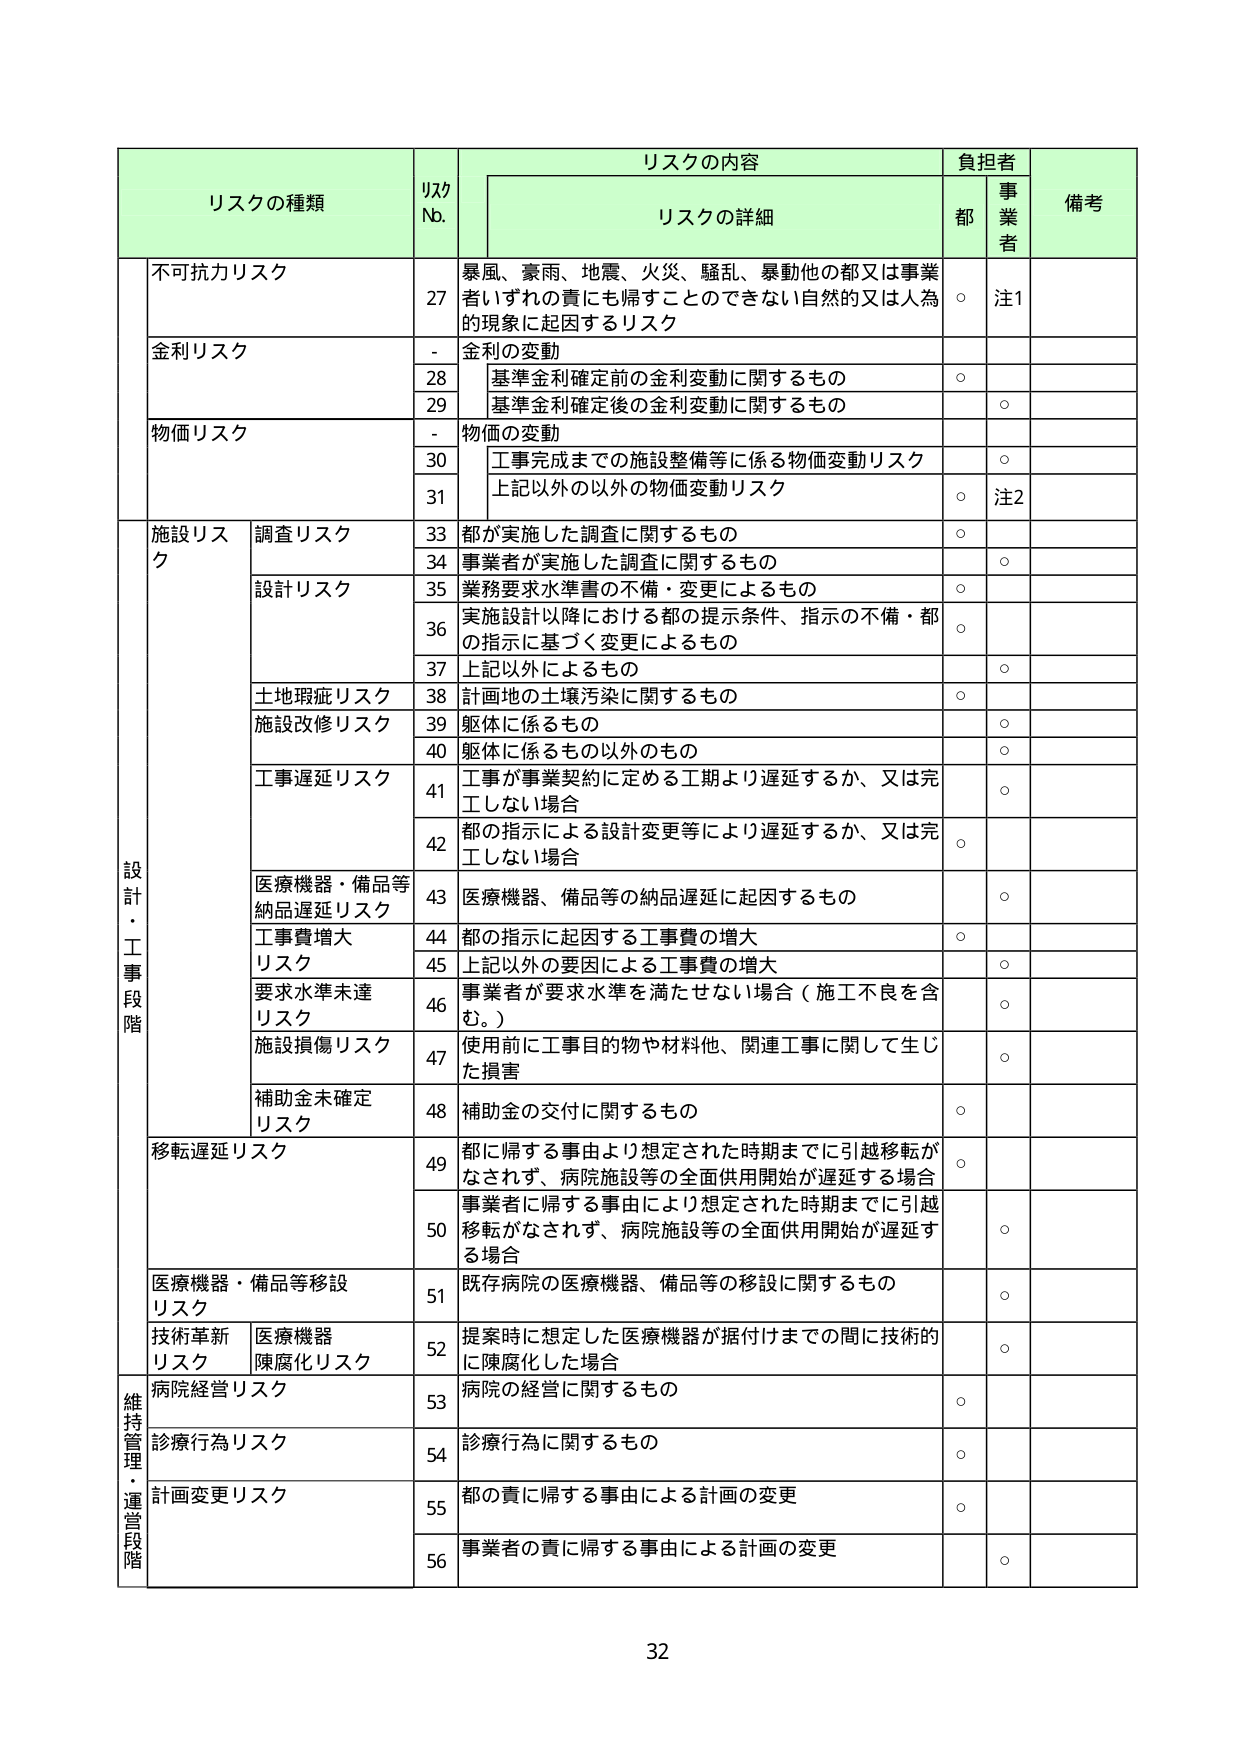
リスクの種類 リスク No. リスクの内容 リスクの詳細 負担者 備考 都 事業者 不可抗力リスク 27 暴風、豪雨、地震、火災、騒乱、暴動他の都又は事業者いずれの責にも帰すことのできない自然的又は人為的現象に起因するリスク ○ 注1 金利リスク - 金利の変動 28 基準金利確定前の金利変動に関するもの ○ 29 基準金利確定後の金利変動に関するもの ○ 物価リスク - 物価の変動 30 工事完成までの施設整備等に係る物価変動リスク ○ 31 上記以外の以外の物価変動リスク ○ 注2 設計・工事段階 施設リスク 調査リスク 33 都が実施した調査に関するもの ○ 34 事業者が実施した調査に関するもの ○ 設計リスク 35 業務要求水準書の不備・変更によるもの ○ 36 実施設計以降における都の提示条件、指示の不備・都の指示に基づく変更によるもの ○ 37 上記以外によるもの ○ 土地瑕疵リスク 38 計画地の土壌汚染に関するもの ○ 施設改修リスク 39 駆体に係るもの ○ 40 駆体に係るもの以外のもの ○ 工事遅延リスク 41 工事が事業契約に定める工期より遅延するか、又は完工しない場合 ○ 42 都の指示による設計変更等により遅延するか、又は完工しない場合 ○ 医療機器・備品等納品遅延リスク 43 医療機器、備品等の納品遅延に起因するもの ○ 工事費増大リスク 44 都の指示に起因する工事費の増大 ○ 45 上記以外の要因による工事費の増大 ○ 要求水準未達リスク 46 事業者が要求水準を満たさない場合（施工不良を含む。） ○ 施設損傷リスク 47 使用前に工事目的物や材料他、関連工事に関して生じた損害 ○ 補助金未確定リスク 48 補助金の交付に関するもの ○ 移転遅延リスク 49 都に帰する事由より想定された時期までに引越移転がなされず、病院施設等の全面供用開始が遅延する場合 ○ 50 事業者に帰する事由により想定された時期までに引越移転がなされず、病院施設等の全面供用開始が遅延する場合 ○ 医療機器・備品等移設リスク 51 既存病院の医療機器、備品等の移設に関するもの ○ 技術革新リスク 医療機器陳腐化リスク 52 提案時に想定した医療機器が据付けまでの間に技術的に陳腐化した場合 ○ 維持管理・運営段階 病院経営リスク 53 病院の経営に関するもの ○ 診療行為リスク 54 診療行為に関するもの ○ 計画変更リスク 55 都の責に帰する事由による計画の変更 ○ 56 事業者の責に帰する事由による計画の変更 ○ 32